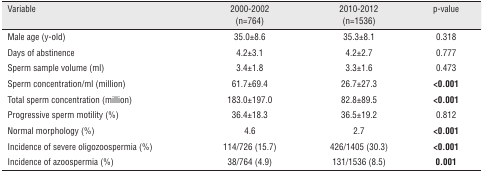
<table><thead><tr><td><b>Variable</b></td><td><b>2000-2002 (n=764)</b></td><td><b>2010-2012 (n=1536)</b></td><td><b>p-value</b></td></tr></thead><tbody><tr><td>Male age (y-old)</td><td>35.0±8.6</td><td>35.3±8.1</td><td>0.318</td></tr><tr><td>Days of abstinence</td><td>4.2±3.1</td><td>4.2±2.7</td><td>0.777</td></tr><tr><td>Sperm sample volume (ml)</td><td>3.4±1.8</td><td>3.3±1.6</td><td>0.473</td></tr><tr><td>Sperm concentration/ml (million)</td><td>61.7±69.4</td><td>26.7±27.3</td><td><b>&lt;0.001</b></td></tr><tr><td>Total sperm concentration (million)</td><td>183.0±197.0</td><td>82.8±89.5</td><td><b>&lt;0.001</b></td></tr><tr><td>Progressive sperm motility (%)</td><td>36.4±18.3</td><td>36.5±19.2</td><td>0.812</td></tr><tr><td>Normal morphology (%)</td><td>4.6</td><td>2.7</td><td><b>&lt;0.001</b></td></tr><tr><td>Incidence of severe oligozoospermia (%)</td><td>114/726 (15.7)</td><td>426/1405 (30.3)</td><td><b>&lt;0.001</b></td></tr><tr><td>Incidence of azoospermia (%)</td><td>38/764 (4.9)</td><td>131/1536 (8.5)</td><td><b>0.001</b></td></tr></tbody></table>